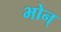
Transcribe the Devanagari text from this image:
भोन्